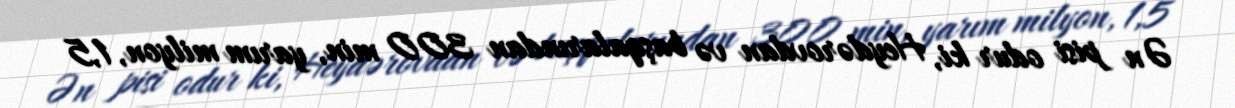
Ən pisi odur ki, Heydərovdan və başqalarından 300 min, yarım milyon, 1,5